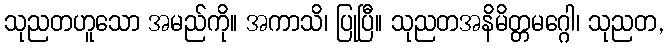
သုညတဟူသော အမည်ကို။ အကာသိ၊ ပြုပြီ။ သုညတအနိမိတ္တမဂ္ဂေါ၊ သုညတ,